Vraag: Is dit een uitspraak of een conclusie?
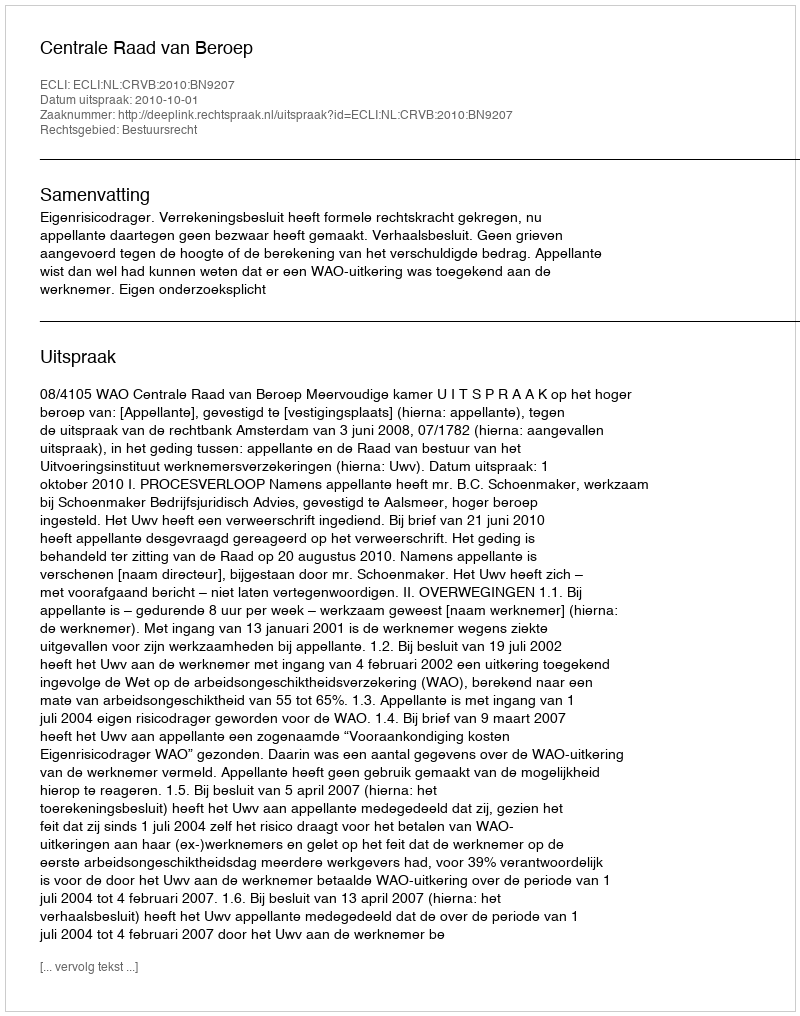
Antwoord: Uitspraak